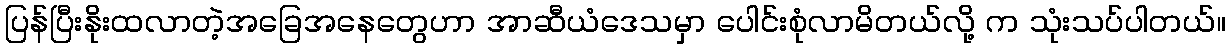
ပြန်ပြီးနိုးထလာတဲ့အခြေအနေတွေဟာ အာဆီယံဒေသမှာ ပေါင်းစုံလာမိတယ်လို့ က သုံးသပ်ပါတယ်။